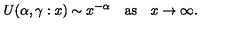
U ( \alpha , \gamma : x ) \sim x ^ { - \alpha } \quad \mathrm { a s } \quad x \to \infty .